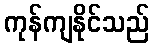
ကုန်ကျနိုင်သည်